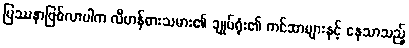
ပြဿနာဖြစ်လာပါက လီဟန်ဓားသမား၏ ချုပ်ရုံး၏ ကင်ဆာများနှင့် နေသာသည့်